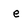
Character: e